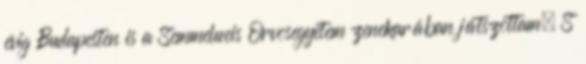
évig Budapesten is a Semmelweis Orvosegyetem zenekarában játszottam. S